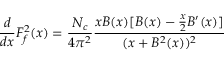
{ \frac { d } { d x } } F _ { f } ^ { 2 } ( x ) = \frac { N _ { c } } { 4 \pi ^ { 2 } } { \frac { x B ( x ) [ B ( x ) - { \frac { x } { 2 } } B ^ { \prime } ( x ) ] } { ( x + B ^ { 2 } ( x ) ) ^ { 2 } } }